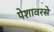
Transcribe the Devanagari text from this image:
पेशावरसे